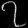
Digit: ၇